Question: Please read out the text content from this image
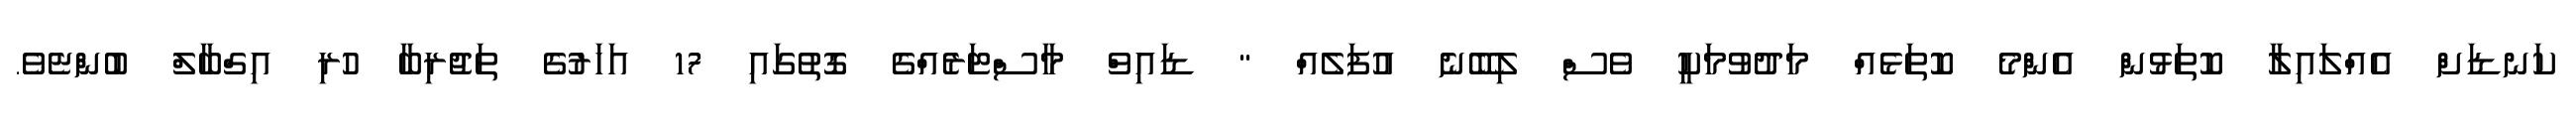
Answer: ކަނޑަށް އެއްލައިލާ ކޮތަޅުން އެންމެ ކޮތަޅެއް މަދުވުމަކީ ވެސް ލިބޭނެ އުފަލެއް " ޑައިވް މާސްޓަރެއްގެ ގޮތުގައި 17 އަހަރުގެ ތަޖުރިބާ ހުރި އިގްބާލް ބުންޏެވެ.